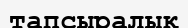
тапсыралық